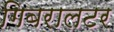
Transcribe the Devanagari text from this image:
गिबरालटर